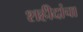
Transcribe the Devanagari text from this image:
शहीदांचा